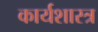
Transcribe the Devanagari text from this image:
कार्यशास्त्र